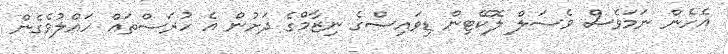
އެހެން ނަމަވެސް ވެސަލް ލޮކޭޓިން ޑިވައިސްގެ ނިޒާމްގެ ދަށުން އެ ހުރަސްތައް ހައްލުވެގެން